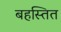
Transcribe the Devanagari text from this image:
बहस्तित